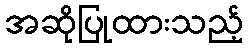
အဆိုပြုထားသည့်